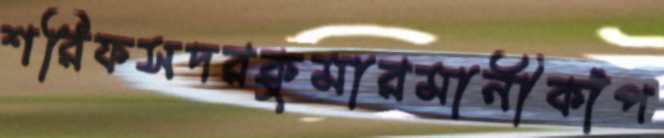
শরিফসদরকুমারমানীকাঁপ